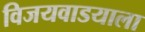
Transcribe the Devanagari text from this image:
विजयवाडयाला